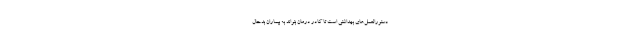
دستورالعمل‌های بهداشتی است تا کادر درمان بتواند به بیماران بدحال